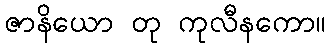
ဇာနိယော တု ကုလီနကော။